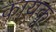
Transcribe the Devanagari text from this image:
कायकू